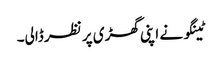
ٹینگو نے اپنی گھڑی پر نظر ڈالی۔